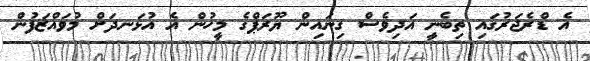
އެ ޑްރެޖަރުގައި ތިބެނީ އަދިވެސް ގިނައިން ޔޫރަޕްގެ މީހުން އެ އުޅަނދަށް މުވައްޒަފުން